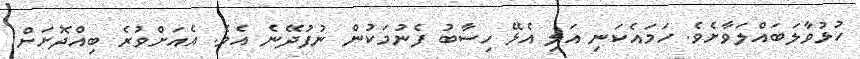
ހުޅުވާލަބައްލަވާށެވެ. ހަމައެކަނި އަލި އެޅޭ ހިސާބު ފެނުމަކުން ނުފުދޭނެ އެވެ. އެއަށްވުރެ ބިއްދޮށަށް